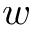
w